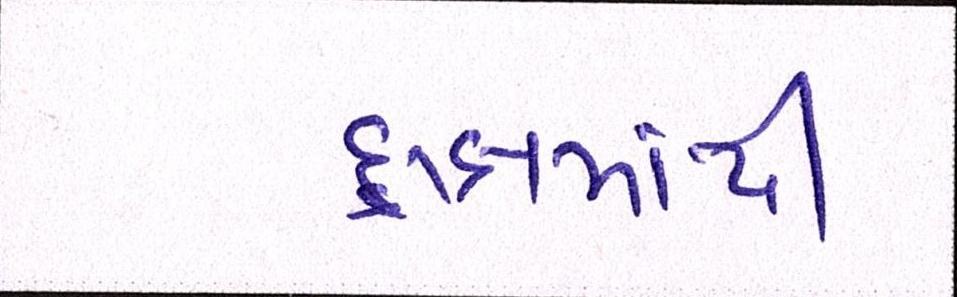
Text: દ્રાક્ષમાંથી